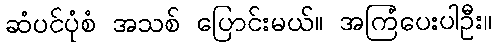
ဆံပင်ပုံစံ အသစ် ပြောင်းမယ်။ အကြံပေးပါဦး။